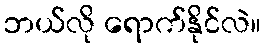
ဘယ်လို ရောက်နိုင်လဲ။